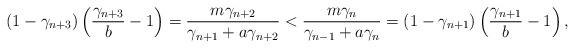
LaTeX: \begin{align*} (1-\gamma_{n+3})\left(\displaystyle\frac{\gamma_{n+3}}{b}-1\right)=\displaystyle\frac{m\gamma_{n+2}}{\gamma_{n+1}+a\gamma_{n+2}}<\displaystyle\frac{m\gamma_{n}}{\gamma_{n-1}+a\gamma_{n}}=(1-\gamma_{n+1})\left(\displaystyle\frac{\gamma_{n+1}}{b}-1\right),\end{align*}